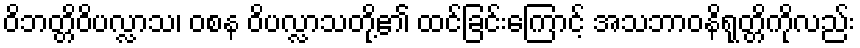
ဝိဘတ္တိဝိပလ္လာသ၊ ဝစန ဝိပလ္လာသတို့၏ ထင်ခြင်းကြောင့် အသဘာဝနိရုတ္တိကိုလည်း